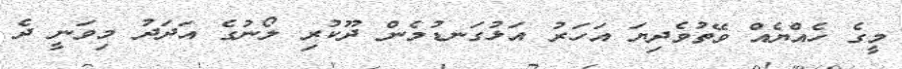
މީގެ ހެއްޔެއް ވޭތުވެދިޔަ އަހަރު އަޅުގަނޑުމެން ދޫކުރި ލޯނުގެ އަދަދު މިވަނީ ދެ